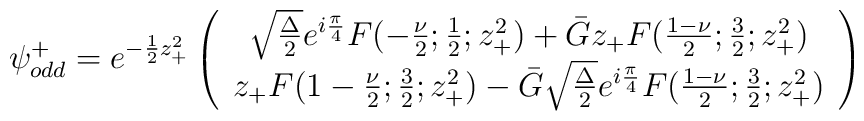
{\psi}_{odd}^{+} = e^{-\frac{1}{2} z_{+}^2}\left( \begin{array}{c}\sqrt{\frac{\Delta}{2}} e^{i\frac{\pi}{4}} F(-\frac{\nu}{2};\frac{1}{2};z_{+}^2) + \bar{G} z_{+} F(\frac{1-\nu}{2};\frac{3}{2};z_{+}^2) \\z_{+} F(1-\frac{\nu}{2};\frac{3}{2};z_{+}^2) - \bar{G} \sqrt{\frac{\Delta}{2}}e^{i\frac{\pi}{4}} F(\frac{1-\nu}{2};\frac{3}{2};z_{+}^2)\end{array} \right)